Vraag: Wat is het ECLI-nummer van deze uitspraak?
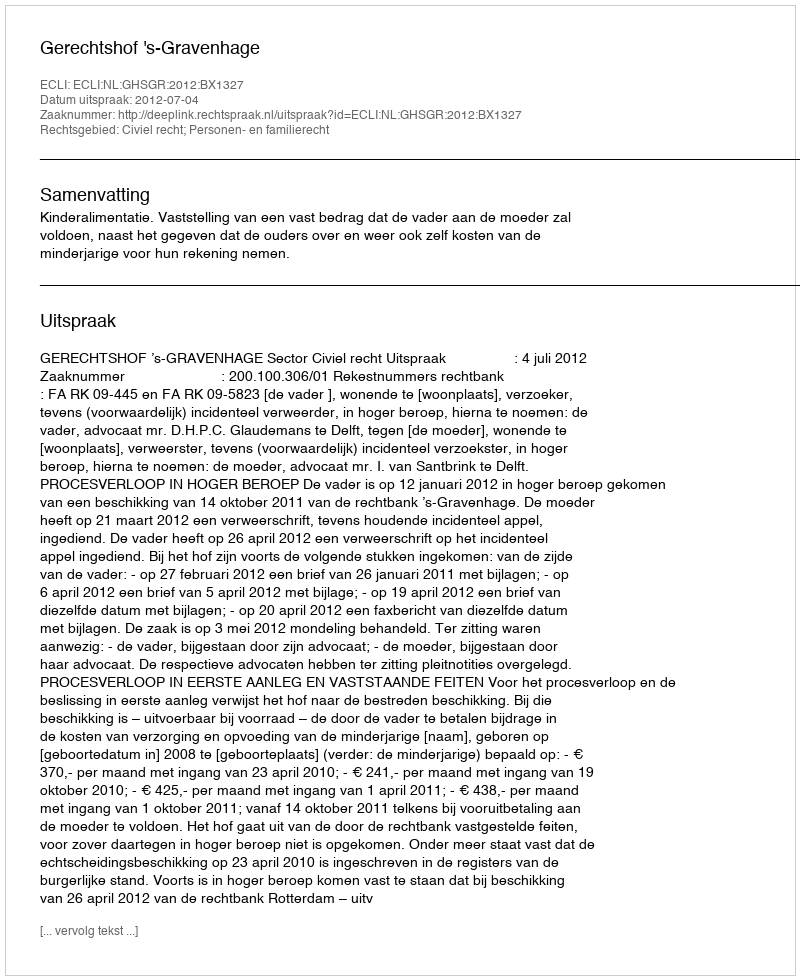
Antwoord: ECLI:NL:GHSGR:2012:BX1327